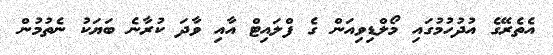
އެތެރޭގެ އުދުހުމުގައި މޯލްޑިވިއަން ގެ ފްލައިޓް އާއި ވާދަ ކުރާނެ ބަޔަކު ނެތުމުން